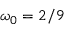
\omega _ { 0 } = 2 / 9